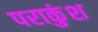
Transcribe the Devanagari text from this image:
पराकुंश